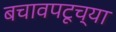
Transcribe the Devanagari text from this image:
बचावपटूच्या